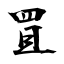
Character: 罝